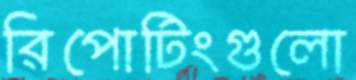
রিপোটিংগুলো